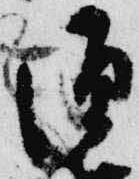
源